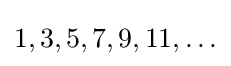
1,3,5,7,9,11,\ldots